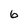
Character: 6